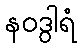
နဝဒွါရံ